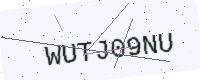
Text: WUTJ09NU